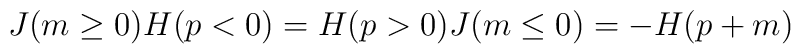
J(m \ge 0)H(p<0) = H(p>0)J(m\le 0) = -H(p+m)